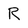
Character: R